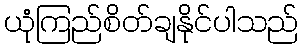
ယုံကြည်စိတ်ချနိုင်ပါသည်